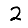
Digit: 2